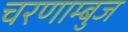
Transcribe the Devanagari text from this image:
चरणाम्बुज